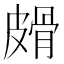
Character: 𰤱